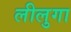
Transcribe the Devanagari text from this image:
लीलुगा